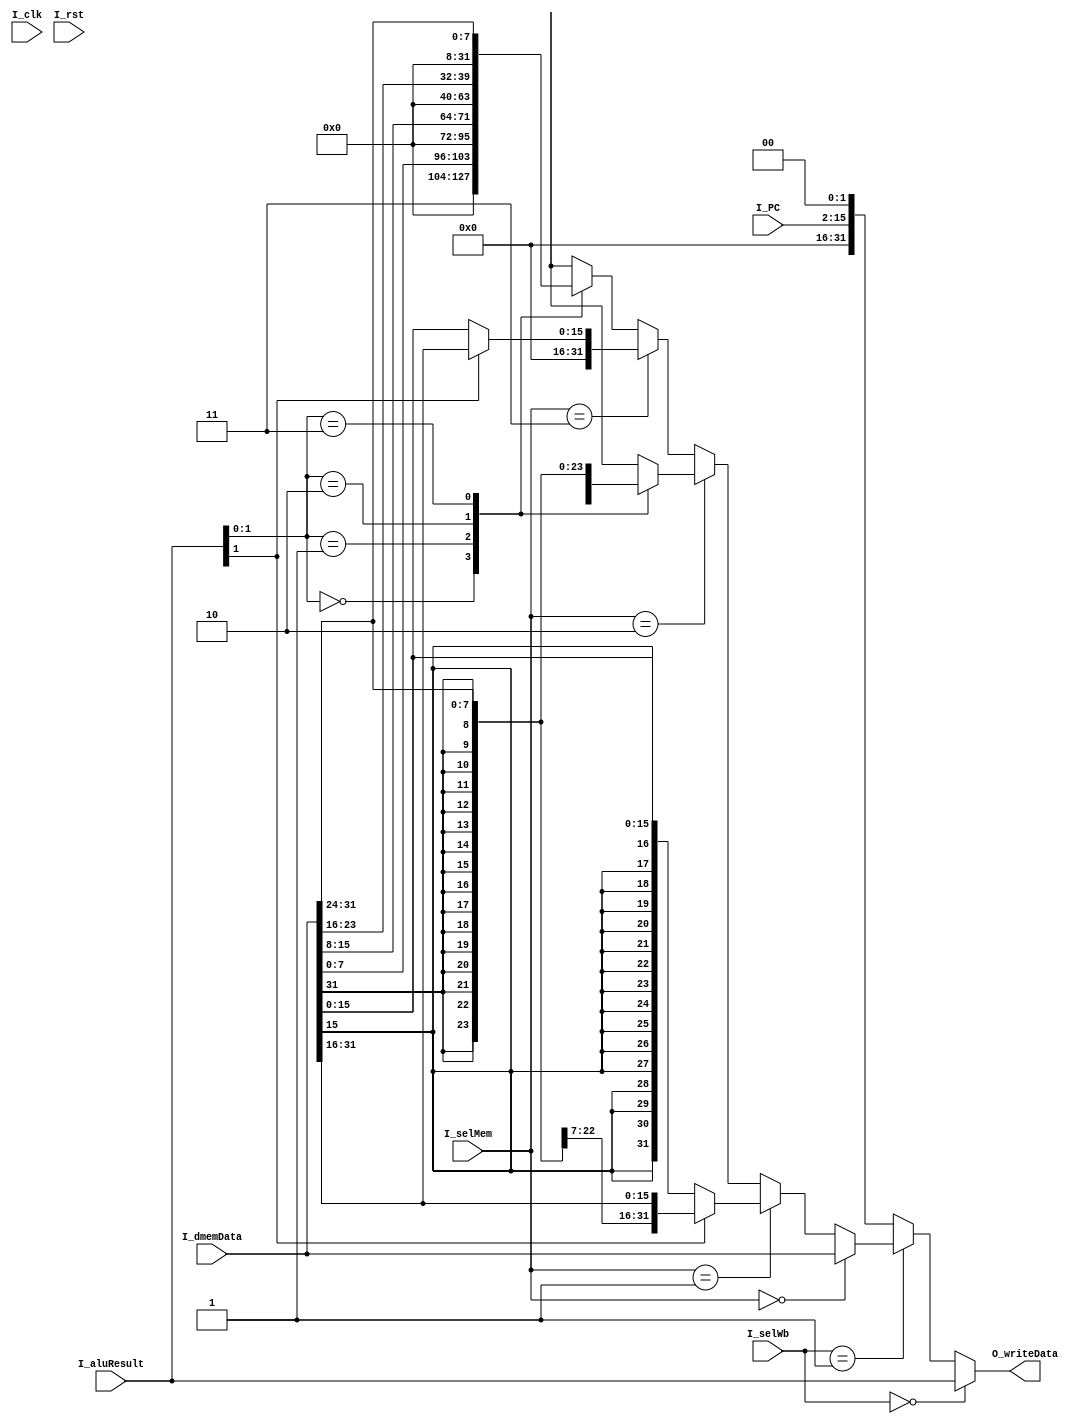
module ceespu_writeback (
         input I_clk,
         input I_rst,
         input [1:0] I_selWb,
         input [2:0] I_selMem,
         input [13:0] I_PC,
         input [31:0] I_aluResult,
         input [31:0] I_dmemData,
         output reg [31:0] O_writeData
       );

always @(*) begin
  // standard writeback
  if (I_selWb == 2'b00) begin
    O_writeData = I_aluResult;
  end
  // memory writeback
  else if (I_selWb == 2'b01) begin
    // load word
    if (I_selMem == 3'd0) begin
      O_writeData = I_dmemData;
    end
    // load half word signed
    else if (I_selMem == 3'd1) begin
      O_writeData = (I_aluResult[1]) ? {{16{I_dmemData[31]}}, I_dmemData[31:16]} : {{16{I_dmemData[15]}}, I_dmemData[15:0]};
    end
    // load byte signed
    else if (I_selMem == 3'd2) begin
      case ( I_aluResult[1:0] )
        0: O_writeData = {{24{I_dmemData[7]}}, I_dmemData[7:0]};
        1: O_writeData = {{24{I_dmemData[15]}}, I_dmemData[15:8]};
        2: O_writeData = {{24{I_dmemData[23]}}, I_dmemData[23:16]};
        3: O_writeData = {{24{I_dmemData[31]}} , I_dmemData[31:24]};
      endcase
    end
    // load halfword unsigned
    else if (I_selMem == 3'd3) begin
      O_writeData = (I_aluResult[1]) ? I_dmemData[31:16] : I_dmemData[15:0];
    end
    // load byte unsigned
    else begin
      case ( I_aluResult[1:0] )
        0: O_writeData = I_dmemData[7:0];
        1: O_writeData = I_dmemData[15:8];
        2: O_writeData = I_dmemData[23:16];
        3: O_writeData = I_dmemData[31:24];
      endcase
    end
  end
  // branch so write PC
  else begin
    O_writeData = (I_PC << 2);
    $display("call c19 = %d", I_PC);
  end
end
endmodule